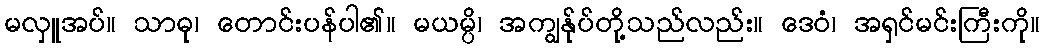
မလှူအပ်။ သာဓု၊ တောင်းပန်ပါ၏။ မယမ္ပိ၊ အကျွန်ုပ်တို့သည်လည်း။ ဒေဝံ၊ အရှင်မင်းကြီးကို။